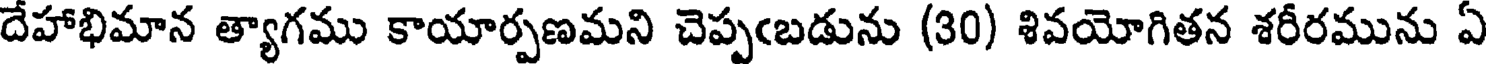
దేహాభిమాన త్యాగము కాయార్పణమని చెప్పఁబడును (30) శివయోగితన శరీరమును ఏ